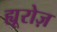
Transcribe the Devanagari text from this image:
ह्यूरोज़